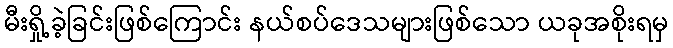
မီးရှို့ခဲ့ခြင်းဖြစ်ကြောင်း နယ်စပ်ဒေသများဖြစ်သော ယခုအစိုးရမှ